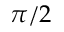
\pi / 2